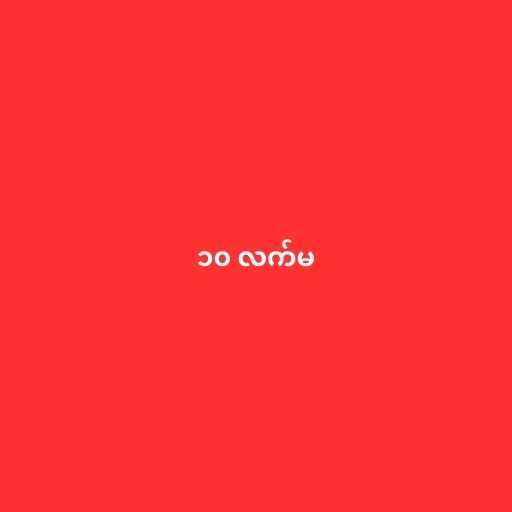
၁၀ လက်မ